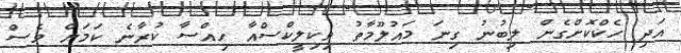
އަދި ހެކްކޮށްގެން ލިބުނު ގިނަ މައުލޫމާތު ވިކިލީކްސްއާ ހިއްސާ ކުރާނެ ކަމަށް ވެސް